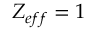
Z _ { e f f } = 1